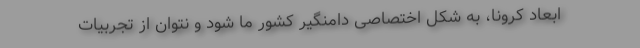
ابعاد کرونا، به شکل اختصاصی دامنگیر کشور ما شود و نتوان از تجربیات